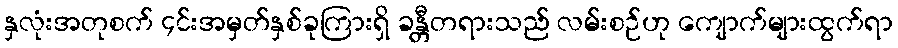
နှလုံးအတုစက် ၄င်းအမှတ်နှစ်ခုကြားရှိ ခန္တီတရားသည် လမ်းစဉ်ဟု ကျောက်များထွက်ရာ